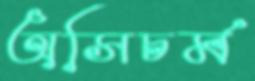
অসিচর্ম